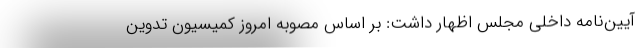
آیین‌نامه داخلی مجلس اظهار داشت: بر اساس مصوبه امروز کمیسیون تدوین